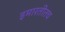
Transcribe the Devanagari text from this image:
इमारतीतच